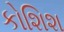
કોશિશ